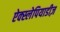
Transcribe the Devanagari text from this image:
ऐक्स्लेपियाडीज़